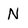
Character: N